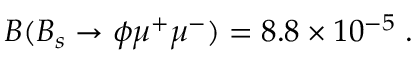
{ \cal B } ( B _ { s } \to \phi \mu ^ { + } \mu ^ { - } ) = 8 . 8 \times 1 0 ^ { - 5 } \; .